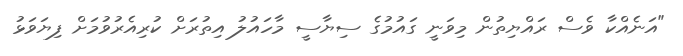
"އަނެއްކާ ވެސް ރައްޔިތުން މިވަނީ ގައުމުގެ ސިޔާސީ މާހައުލު އިތުރަށް ކުރިއެރުވުމަށް ފިޔަވަޅު